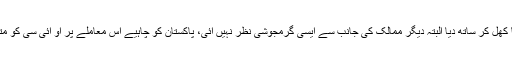
انہوں نے کہاکہ مسئلہ کشمیر پر ملائیشیا، ترکی اور ایران کے پاکستان کا کھل کر ساتھ دیا البتہ دیگر ممالک کی جانب سے ایسی گرمجوشی نظر نہیں آئی، پاکستان کو چاہیے اس معاملے پر او آئی سی کو متحرک کرنے کے ساتھ سلامتی کونسل میں مزید حمایت حاصل کی جائے۔